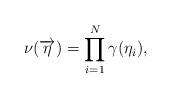
LaTeX: \begin{align*} \nu(\overrightarrow{\eta}) = \prod_{i=1}^N \gamma(\eta_i),\end{align*}